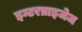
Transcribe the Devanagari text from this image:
इन्टरप्राइजेज